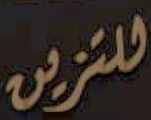
للتزين